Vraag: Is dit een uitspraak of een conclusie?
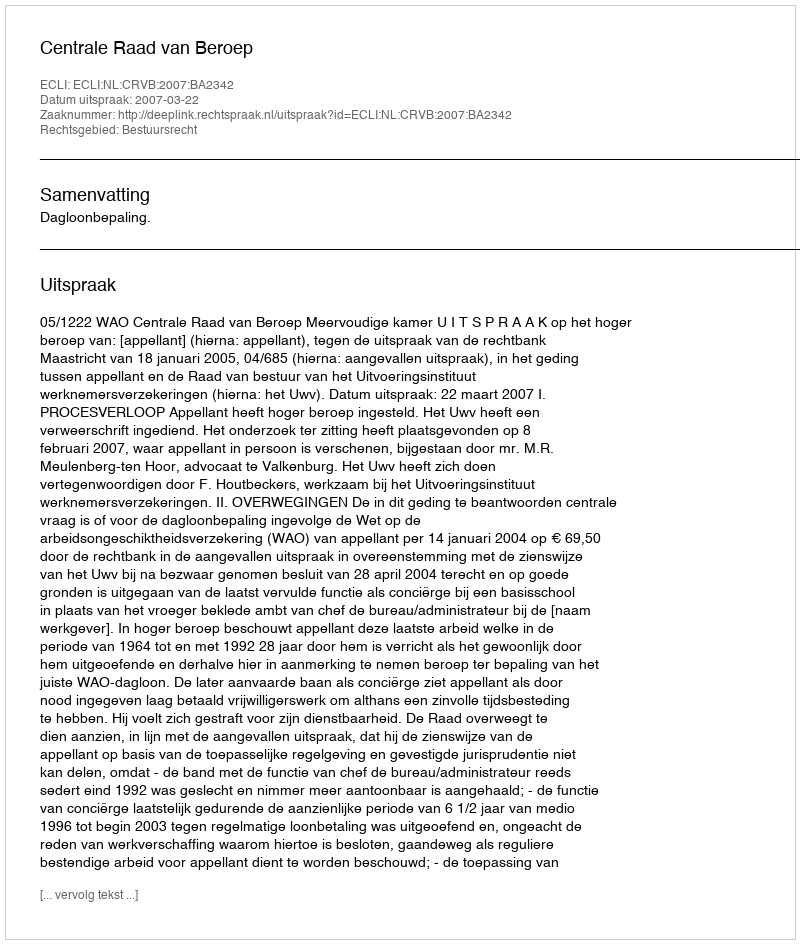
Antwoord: Uitspraak